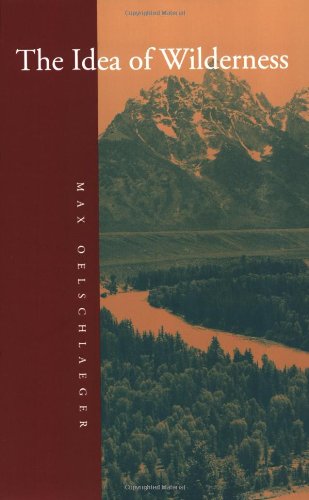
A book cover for The Idea of Wilderness: From Prehistory to the Age of Ecology; Max Oelschlaeger; History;